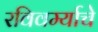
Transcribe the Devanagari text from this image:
रविवर्म्याचे